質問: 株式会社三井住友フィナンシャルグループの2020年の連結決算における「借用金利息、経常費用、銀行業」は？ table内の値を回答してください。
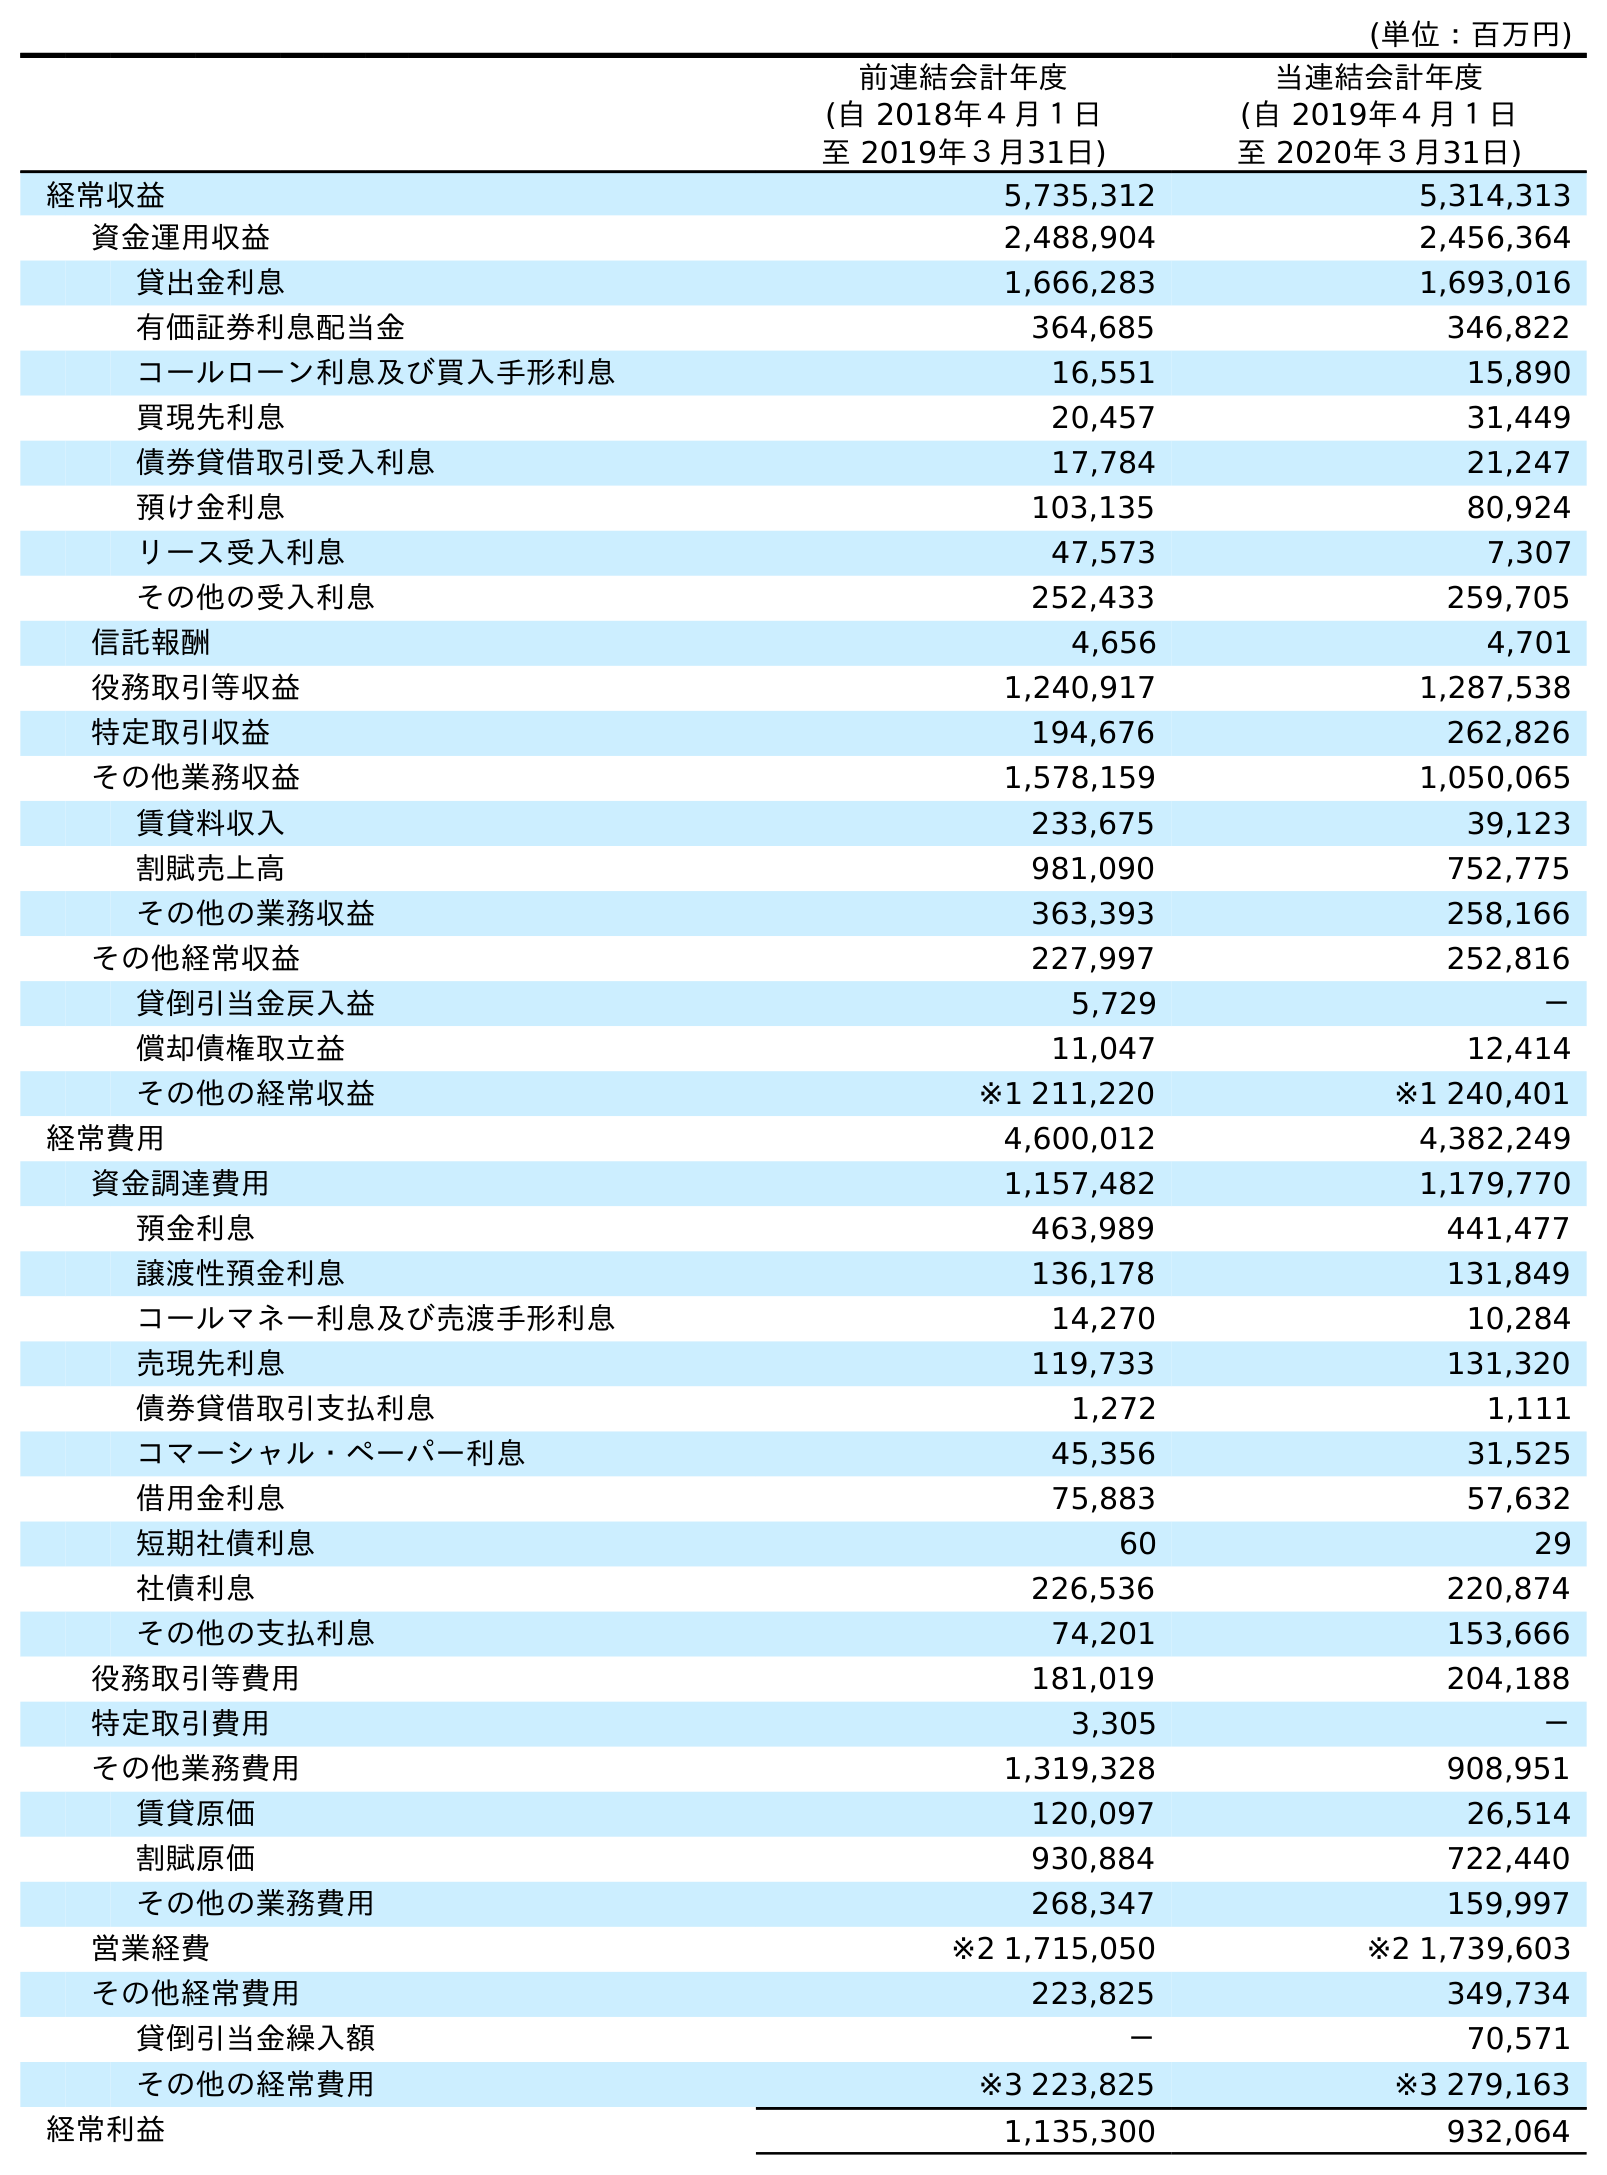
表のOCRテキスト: (単位：百万円) 前連結会計年度 (自 2018年４月１日 至 2019年３月31日) 当連結会計年度 (自 2019年４月１日 至 2020年３月31日) 経常収益 5,735,312 5,314,313 資金運用収益 2,488,904 2,456,364 貸出金利息 1,666,283 1,693,016 有価証券利息配当金 364,685 346,822 コールローン利息及び買入手形利息 16,551 15,890 買現先利息 20,457 31,449 債券貸借取引受入利息 17,784 21,247 預け金利息 103,135 80,924 リース受入利息 47,573 7,307 その他の受入利息 252,433 259,705 信託報酬 4,656 4,701 役務取引等収益 1,240,917 1,287,538 特定取引収益 194,676 262,826 その他業務収益 1,578,159 1,050,065 賃貸料収入 233,675 39,123 割賦売上高 981,090 752,775 その他の業務収益 363,393 258,166 その他経常収益 227,997 252,816 貸倒引当金戻入益 5,729 － 償却債権取立益 11,047 12,414 その他の経常収益 ※1 211,220 ※1 240,401 経常費用 4,600,012 4,382,249 資金調達費用 1,157,482 1,179,770 預金利息 463,989 441,477 譲渡性預金利息 136,178 131,849 コールマネー利息及び売渡手形利息 14,270 10,284 売現先利息 119,733 131,320 債券貸借取引支払利息 1,272 1,111 コマーシャル・ペーパー利息 45,356 31,525 借用金利息 75,883 57,632 短期社債利息 60 29 社債利息 226,536 220,874 その他の支払利息 74,201 153,666 役務取引等費用 181,019 204,188 特定取引費用 3,305 － その他業務費用 1,319,328 908,951 賃貸原価 120,097 26,514 割賦原価 930,884 722,440 その他の業務費用 268,347 159,997 営業経費 ※2 1,715,050 ※2 1,739,603 その他経常費用 223,825 349,734 貸倒引当金繰入額 － 70,571 その他の経常費用 ※3 223,825 ※3 279,163 経常利益 1,135,300 932,064
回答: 57,632